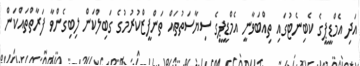
އަދި އެމްޑީޕީގެ ކެބިނެޓުގައި ތިއްބަވާނީ އެމްޑީޕީގެ ސިޔާސަތުތައް ތަންފީޒްކުރުމުގެ ގަބިލްކަން ލިބިގެންވާ ފަރާތްތައްކަން